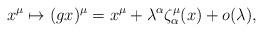
LaTeX: \begin{align*}x^{\mu}\mapsto (gx)^{\mu}=x^{\mu}+ \lambda ^{\alpha}\zeta _{\alpha}^{\mu}(x)+o(\lambda) ,\end{align*}